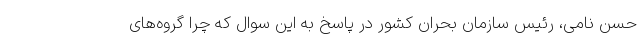
حسن نامی، رئیس سازمان بحران کشور در پاسخ به این سوال که چرا گروه‌های